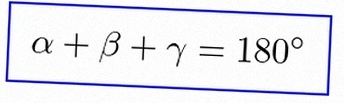
\alpha+\beta+\gamma=180^\circ